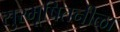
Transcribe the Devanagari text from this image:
सुरभूषितनीळा